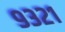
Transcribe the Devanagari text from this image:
९३२१